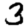
Digit: 3